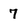
Character: 7